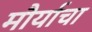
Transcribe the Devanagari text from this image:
मौर्याचा